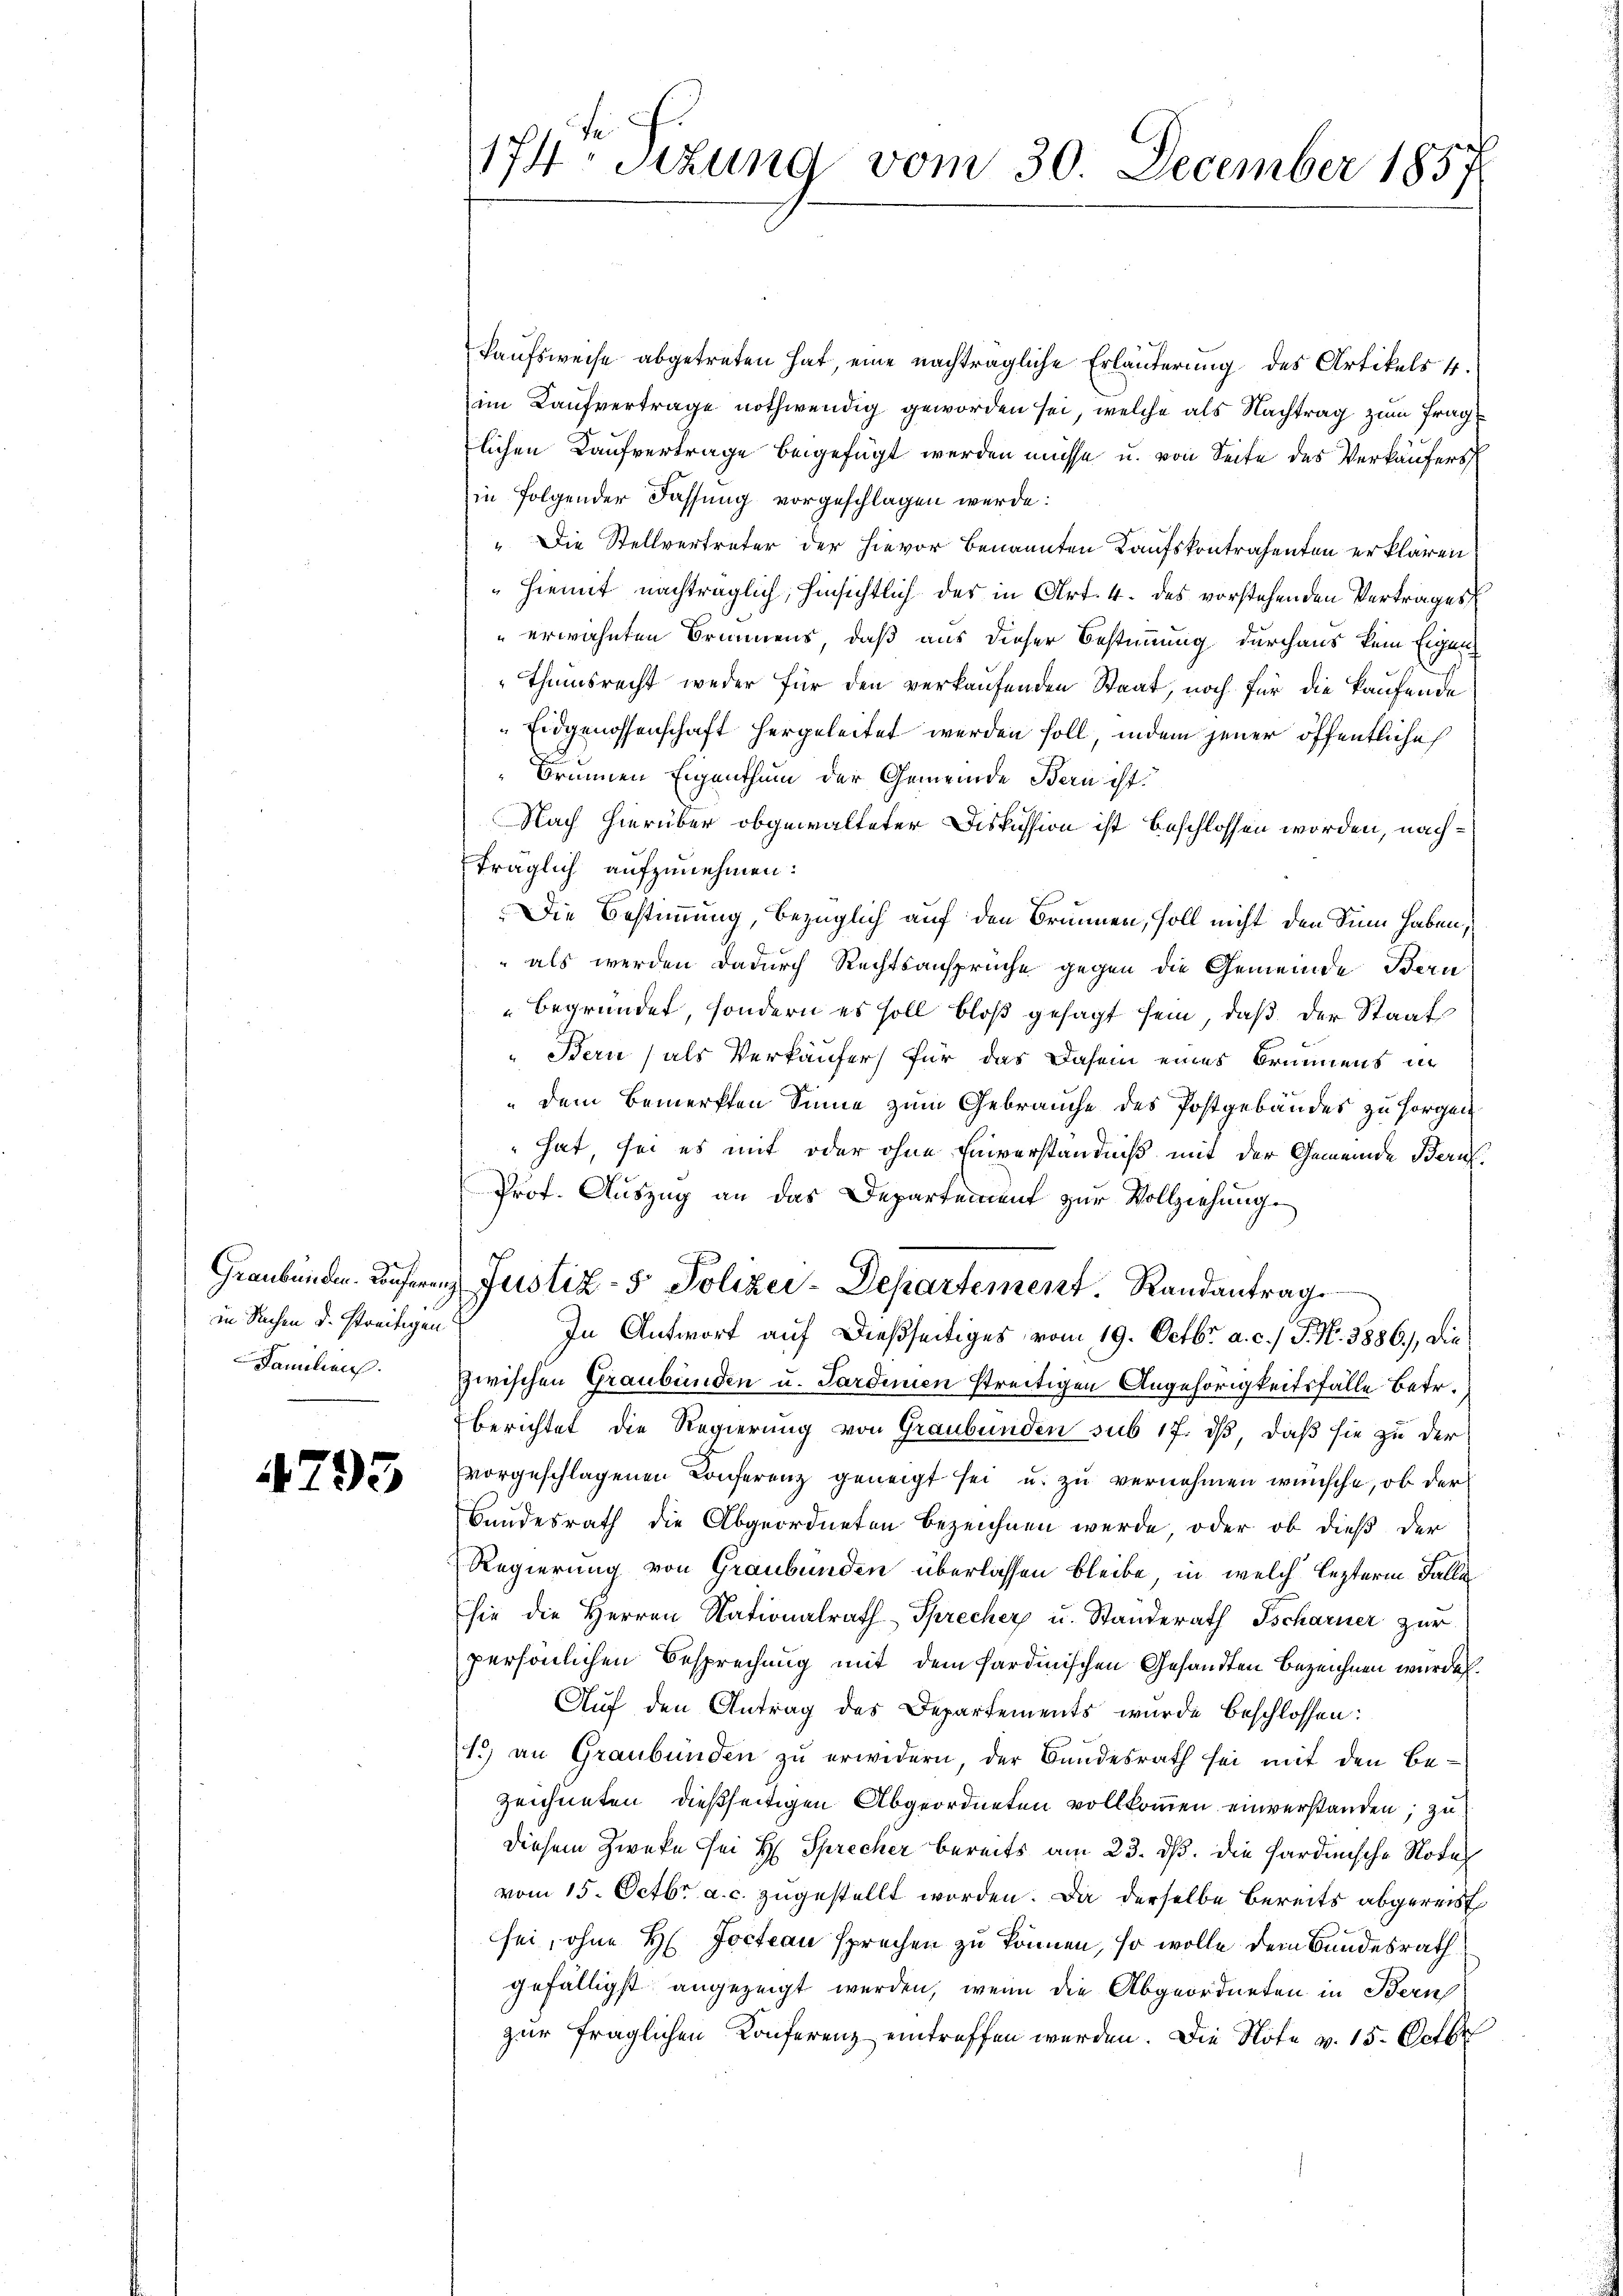
in Sachen d. streitigen

4793

174 sizung vom 30. December 1857

kaufsweise abgetreten hat, eine nachträgliche Erläuterung des Artikels 4.
im Kaufvertrage nothwendig geworden sei, welche als Nachtrag zum Frag
lichen Kaufvertrage beigefügt werden müsse u. von Seite des Verkäufers
in folgender Fassung vorgeschlagen werde:
" Die Stellvertreter der hievor benannten Kaufskontrahenten erklären
Hiemit nachträglich, hinsichtlich der in Art. 4. des vorstehenden Vertrages
erwähnten Brunnens, daß aus dieser Bestimmung durchaus kein Eigen
Thumsrecht weder für den verkaufenden Staat, noch für die kaufende
Eidgenossenschaft hergeleitet werden soll, indem jener öffentliche
Brunnen Eigenthum der Gemeinde Bern ist.
Nach hierüber obgewalteter Diskussion ist beschlossen worden, nachträglich aufzunehmen:
Die Bestimmung, bezüglich auf den Brunnen, soll nicht den Sinn haben,
" als werden dadurch Rechtsansprüche gegen die Gemeinde Bern
begründet, sondern es soll bloß gesagt sein, daß der Staat
Bern, als Verkäufer für das Dasein eines Brunnens un
„dem Bemerkten Sinne zum Gebrauche des Postgebäudes zu sorgen
" hat, sei es mit oder ohne Einverständniß mit der Gemeinde Beruf
Prof. Auszug an das Departement zur Vollziehung.
Graubünden. Konferen Justiz- & Polizei-Departement. Randantrag
In Antwort auf dießseitiges vom 19. Octbr. a. c.) J. N. 3886), die
Familien. Zwischen Graubünden u. Sardinien streitigen Angehörigkeitsfälle betr.
berichtet die Regierung von Graubünden sub 17. dß daß sie zu der
vorgeschlagenen Conferenz geneigt sei u. zu vernehmen wünsche, ob der
Bundesrath die Abgeordneten bezeichnen werde, oder ob dieß der
Regierung von Graubünden überlassen bleibe, in welch lezterm Falle
sie die Herren Nationalrath Sprecher u. Standerath Tscharner zur
persönlichen Besprechung mit dem Sardinischen Gesandten bezeichnen würde.
Auf den Antrag des Departements wurde beschlossen:
1.) an Graubünden zu erwidern, der Bundesrath sei mit den Be¬
Zeichneten dießseitigen Abgeordneten vollkommen einverstanden; zu
diesem Zwecke sei H. Sprecher bereits am 23. ds. die Sardinische Notel
vom 15. Octbr. a. c. zugestellt worden. Da derselbe bereits abgereist
sei, ohne H. Jocteau sprechen zu können, so wolle dem Bundesrath
gefälligst angezeigt werden, wenn die Abgeordneten in Bernh
zur fraglichen Konferenz eintreffen werden. Die Note v. 15. Octbr